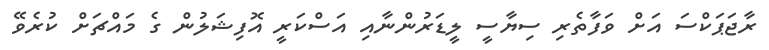
ރާޖަޕަކްސަ އަށް ވަފާތެރި ސިޔާސީ ލީޑަރުންނާއި އަސްކަރީ އޮފިޝަލުން ގެ މައްޗަށް ކުރެވޭ